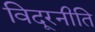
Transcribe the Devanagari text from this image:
विदूरनीति